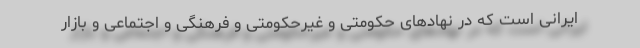
ایرانی است که در نهادهای حکومتی و غیرحکومتی و فرهنگی و اجتماعی و بازار